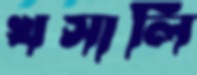
খসালি